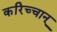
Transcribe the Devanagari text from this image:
करिच्चान्‌